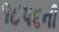
૧૮૫૬ની